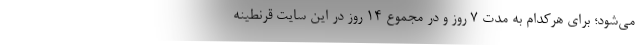
می‌شود؛ برای هرکدام به مدت 7 روز و در مجموع 14 روز در این سایت قرنطینه